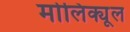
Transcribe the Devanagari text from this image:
मोलिक्यूल